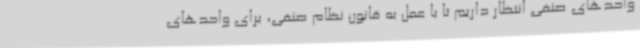
واحدهای صنفی انتظار داریم تا با عمل به قانون نظام صنفی، برای واحدهای